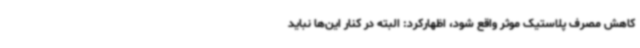
کاهش مصرف پلاستیک موثر واقع شود، اظهارکرد: البته در کنار این‌ها نباید